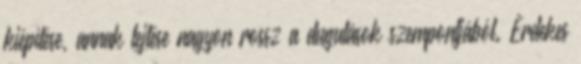
kiépítése, annak lejtése nagyon rossz a dugulások szempontjából. Érdekes